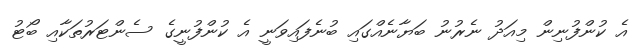
އެ ކުންފުނިން މިއަދު ނެރުނު ބަޔާނެއްގައި ބުނެފައިވަނީ އެ ކުންފުނީގެ ސެންޓަރުތަކާއި ބޯޓު